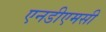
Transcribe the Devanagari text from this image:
एनडीएमसी